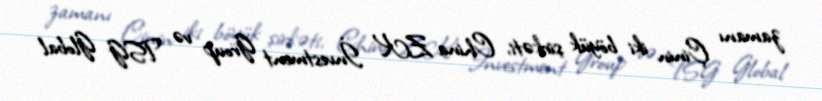
zamanı Çinin iki böyük şirkəti, China ZK İnvestment Group və TSG Global